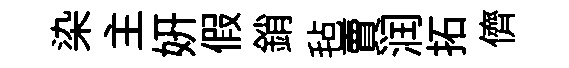
染主妍假銷毡賣润拓儕